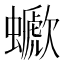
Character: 𧓗